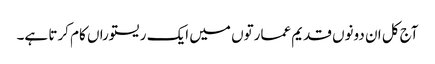
آج کل ان دونوں قدیم عمارتوں میں ایک ریستوراں کام کرتا ہے۔